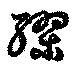
繆